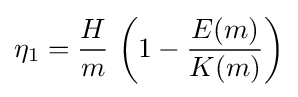
\eta _{1}={\frac {H}{m}}\,\left(1-{\frac {E(m)}{K(m)}}\right)